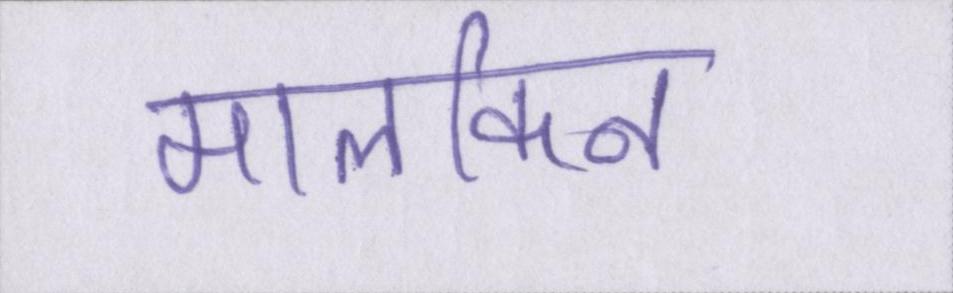
मालकिन